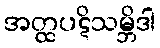
အတ္ထပဋိသမ္ဘိဒါ